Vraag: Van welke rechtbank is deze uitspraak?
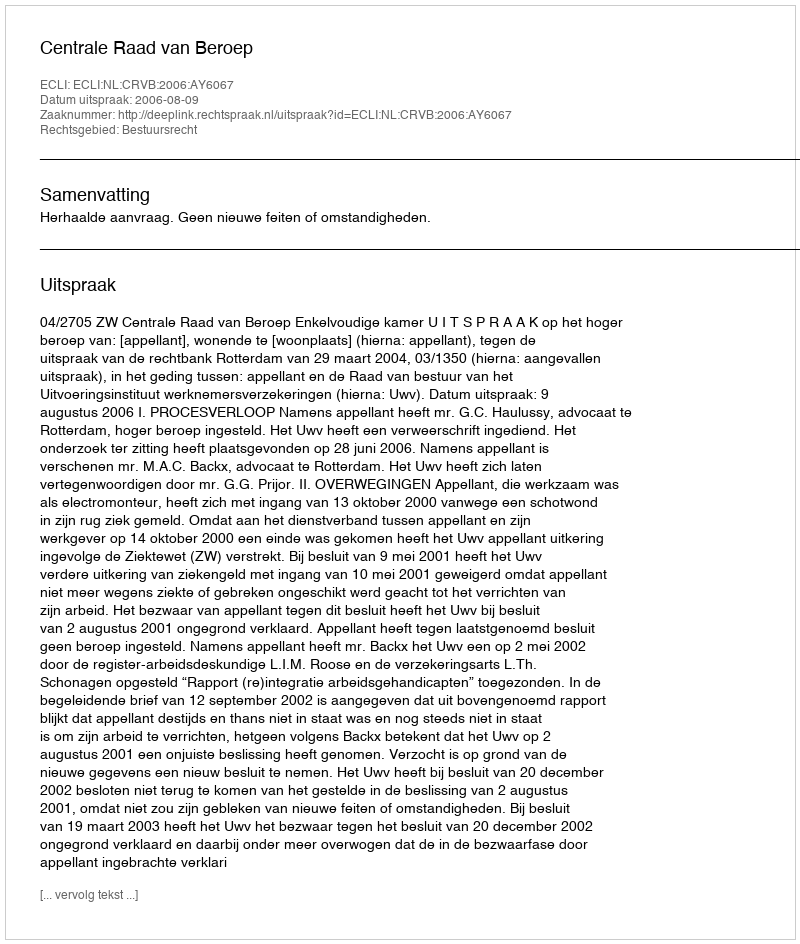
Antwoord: Centrale Raad van Beroep